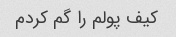
کیف پولم را گم کردم